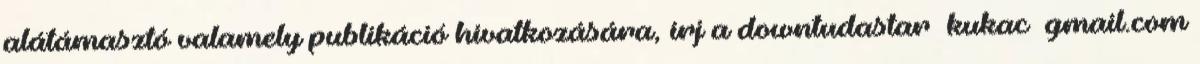
alátámasztó valamely publikáció hivatkozására, írj a downtudastar kukac gmail.com